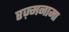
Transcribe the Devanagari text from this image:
रज़्मनामा